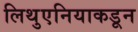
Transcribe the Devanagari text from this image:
लिथुएनियाकडून